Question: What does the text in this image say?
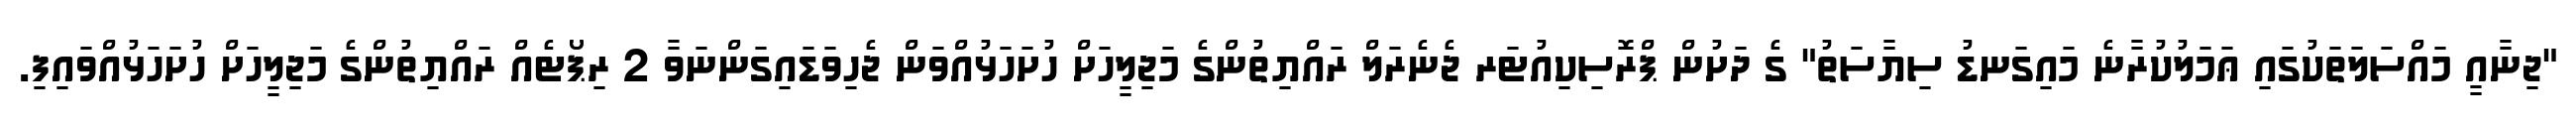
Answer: "ޖިނާއީ މައްސަލަތަކުގައި ޢަމަލުކުރާނެ މައިގަނޑު ސިޔާސަތު" ގެ ދަށުން ޕްރޮސިކިއުޓަރ ޖެނެރަލް ރައްޔިތުންގެ މަޖިލީހަށް ހުށަހަޅުއްވަން ޖެހިވަޑައިގަންނަވާ 2 ރިޕޯޓެއް ރައްޔިތުންގެ މަޖިލީހަށް ހުށަހަޅުއްވައިފި.